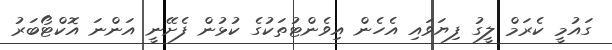
ގައުމީ ކެރަމް ލީގު ފިޔަވައި އެހެން އިވެންޓުތަކުގެ ކުޅުން ފެށޭނީ އަންނަ އޮކްޓޯބަރު